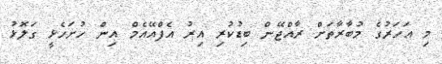
މި އަހަރުގެ މުބާރާތަށް ރާއްޖޭން ބިޑުކުރި އިރު އެފްއޭއެމް އިން ހުށަހެޅީ ގަލޮޅު